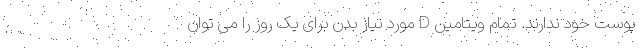
پوست خود ندارند. تمام ویتامین D مورد نیاز بدن برای یک روز را می توان